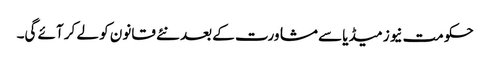
حکومت نیوز میڈیا سے مشاورت کے بعد نئے قانون کو لے کر آئے گی۔